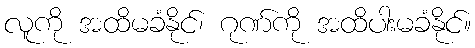
လူကို အထိမခံနိုင်၊ ဂုဏ်ကို အထိပါးမခံနိုင်။